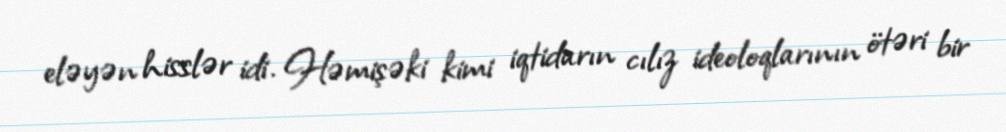
eləyən hisslər idi. Həmişəki kimi iqtidarın cılız ideoloqlarının ötəri bir